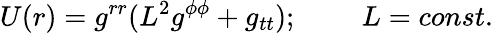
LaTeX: U(r)=g^{rr}(L^{2}g^{\phi\phi}+g_{tt});\; \; \; \; \; \; \; \; L=const.